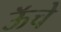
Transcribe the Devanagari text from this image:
ऊॅचे